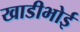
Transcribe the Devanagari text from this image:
खाडीभोई